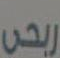
ربحي